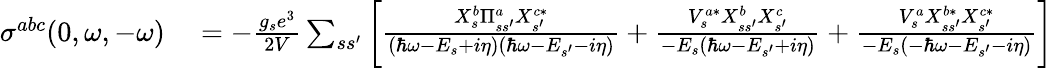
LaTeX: \begin{array}{rl}{\sigma^{abc}(0,\omega,-\omega)}&{{}=-\frac{g_{s}e^{3}}{2V}\sum_{ss^{\prime}}\left[\frac{X_{s}^{b}\Pi_{ss^{\prime}}^{a}X_{s^{\prime}}^{c*}}{\left(\hbar\omega-E_{s}+i\eta\right)\left(\hbar\omega-E_{s^{\prime}}-i\eta\right)}+\frac{V_{s}^{a*}X_{ss^{\prime}}^{b}X_{s^{\prime}}^{c}}{-E_{s}\left(\hbar\omega-E_{s^{\prime}}+i\eta\right)}+\frac{V_{s}^{a}X_{ss^{\prime}}^{b*}X_{s^{\prime}}^{c*}}{-E_{s}\left(-\hbar\omega-E_{s^{\prime}}-i\eta\right)}\right]}\end{array}